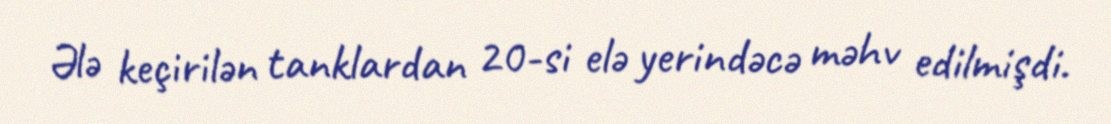
Ələ keçirilən tanklardan 20-si elə yerindəcə məhv edilmişdi.